Treatise on elephants
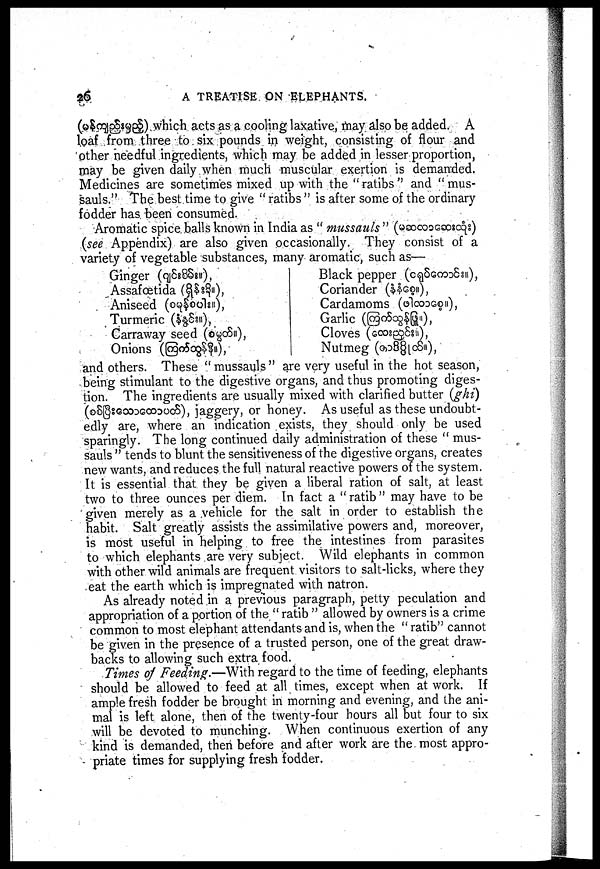
26
A TREATISE ON ELEPHANTS.
(
) which acts as a cooling laxative, may also be added. A
loaf from three to six pounds in weight, consisting of flour and
other needful ingredients, which may be added in lesser proportion,
may be given daily when much muscular exertion is demanded.
Medicines are sometimes mixed up with the " ratibs " and " mus-
sauls." The best time to give " ratibs " is after some of the ordinary
fodder has been consumed.
Aromatic spice balls known in India as " mussauls " (
)
(see Appendix) are also given occasionally. They consist of a
variety of vegetable substances, many aromatic, such as—
Ginger (
),
Assafœtida (
),
Aniseed (
),
Turmeric (
),
Carraway seed (
),
Onions (
),
Black pepper (
)
Coriander (
),
Cardamoms (
),
Garlic (
),
Cloves (
),
Nutmeg (
),
and others. These mussauls are very useful in the hot season,
being stimulant to the digestive organs, and thus promoting diges-
tion. The ingredients are usually mixed with clarified butter (ghi)
(
), jaggery, or honey. As useful as these undoubt-
edly are, where an indication exists, they should only be used
sparingly. The long continued daily administration of these " mus-
sauls " tends to blunt the sensitiveness of the digestive organs, creates
new wants, and reduces the full natural reactive powers of the system.
It is essential that they be given a liberal ration of salt, at least
two to three ounces per diem. In fact a " ratib " may have to be
given merely as a vehicle for the salt in order to establish the
habit. Salt greatly assists the assimilative powers and, moreover,
is most useful in helping to free the intestines from parasites
to which elephants are very subject. Wild elephants in common
with other wild animals are frequent visitors to salt-licks, where they
eat the earth which is impregnated with natron.
As already noted in a previous paragraph, petty peculation and
appropriation of a portion of the " ratib " allowed by owners is a crime
common to most elephant attendants and is, when the "ratib" cannot
be given in the presence of a trusted person, one of the great draw-
backs to allowing such extra food.
Times of Feeding.—With regard to the time of feeding, elephants
should be allowed to feed at all times, except when at work. If
ample fresh fodder be brought in morning and evening, and the ani-
mal is left alone, then of the twenty-four hours all but four to six
will be devoted to munching. When continuous exertion of any
kind is demanded, then before and after work are the most appro-
priate times for supplying fresh fodder.